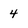
Character: 4